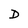
Character: D